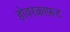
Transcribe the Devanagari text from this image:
होवरक्राफ़ट